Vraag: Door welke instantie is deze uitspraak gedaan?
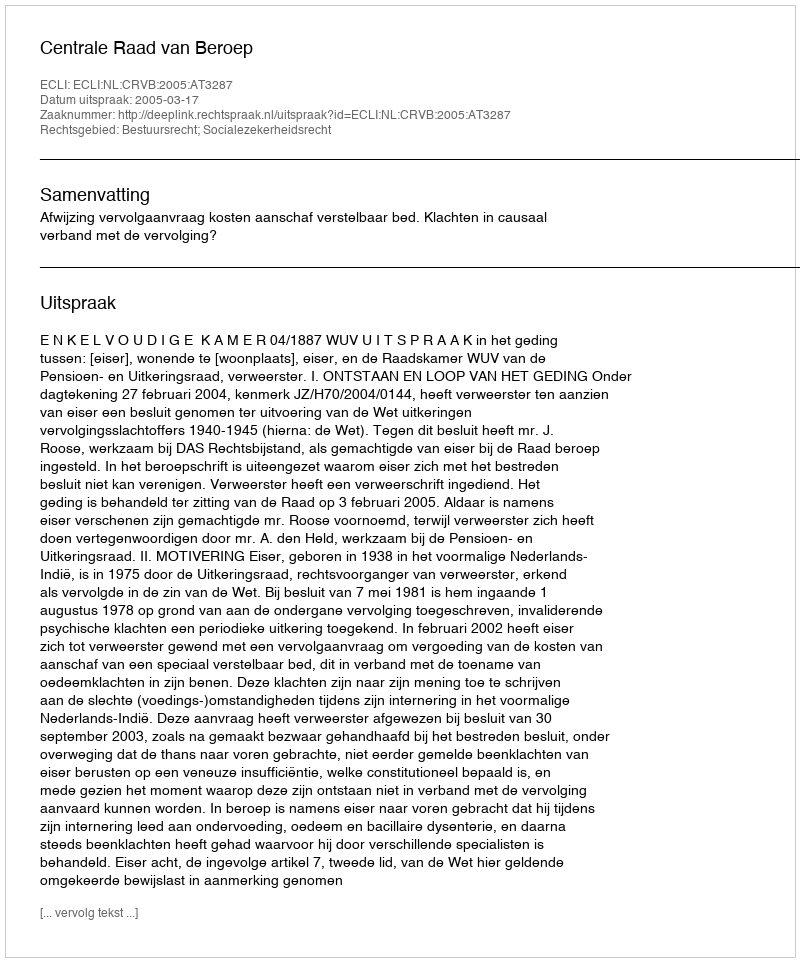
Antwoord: Centrale Raad van Beroep